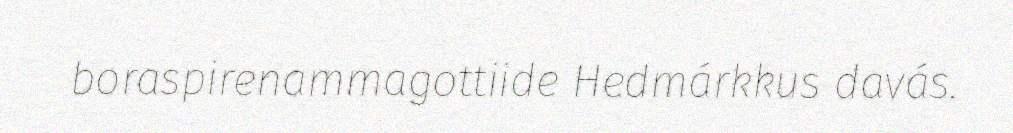
boraspirenammagottiide Hedmárkkus davás.